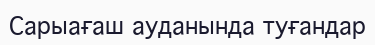
Сарыағаш ауданында туғандар